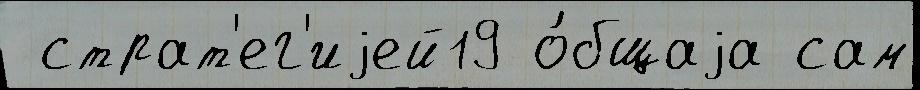
 страт'ег'иjей19 о́бщаjа сам